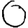
Digit: 0